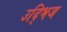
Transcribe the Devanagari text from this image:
उद्भिज